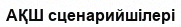
АҚШ сценарийшілері